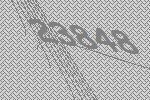
23848